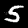
Digit: 5